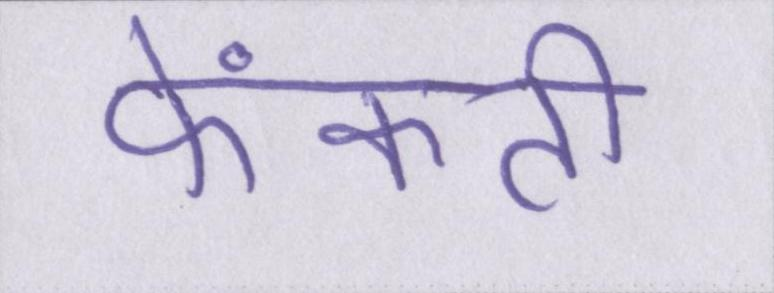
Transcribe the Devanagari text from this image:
फेंकती